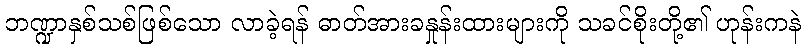
ဘဏ္ဍာနှစ်သစ်ဖြစ်သော လာခဲ့ရန် ဓာတ်အားခနှုန်းထားများကို သခင်စိုးတို့၏ ဟုန်းကနဲ